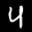
Label: 4